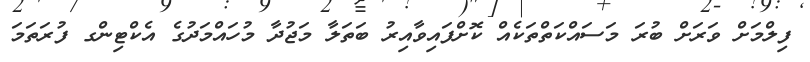
ފިލްމަށް ވަރަށް ބުރަ މަސައްކަތްތަކެއް ކޮށްފައިވާއިރު ބަތަލާ މަޖުދާ މުހައްމަދުގެ އެކްޓިންގ ފުރަތަމަ